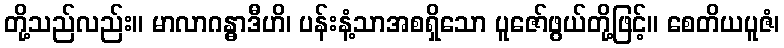
တို့သည်လည်း။ မာလာဂန္ဓာဒီဟိ၊ ပန်းနံ့သာအစရှိသော ပူဇော်ဖွယ်တို့ဖြင့်။ စေတိယပူဇံ၊